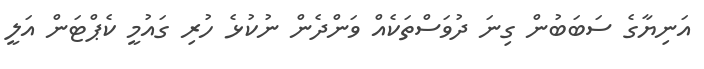
އަނިޔާގެ ސަބަބުން ގިނަ ދުވަސްތަކެއް ވަންދެން ނުކުޅެ ހުރި ގައުމީ ކެޕްޓަން އަލީ